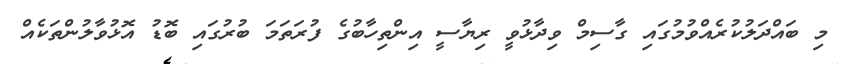
މި ބައްދަލުކުރެއްވުމުގައި ގާސިމް ވިދާޅުވީ ރިޔާސީ އިންތިހާބުގެ ފުރަތަމަ ބުރުގައި ބޮޑު އޮޅުވާލުންތަކެއް